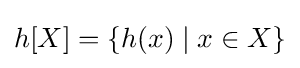
h\lbrack X\rbrack =\lbrace h(x)\mid x\in X\rbrace